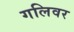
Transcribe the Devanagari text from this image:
गलिवर